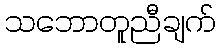
သဘောတူညီချက်